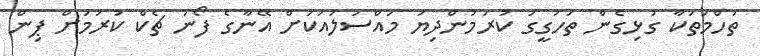
ތުހްމަތަކާ ގުޅިގެން ތަހުގީގު ކުރަމުންދިޔަ މައްސަލައަކަށް އޭނާގެ ފޯނު ޗެކް ކުރުމަށް ޕިން